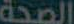
الصحة